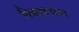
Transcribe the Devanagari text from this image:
निकाहनामा